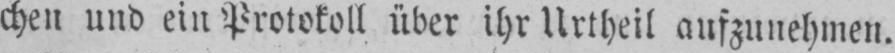
chen und ein Protokoll über ihr Urtheil aufzunehmen.